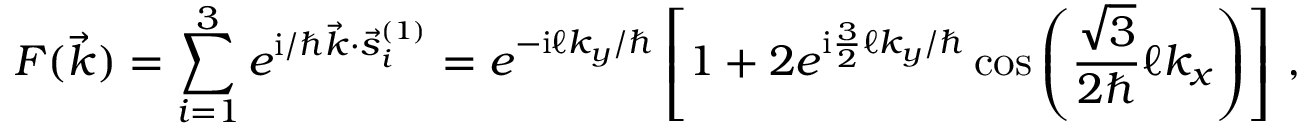
{ \cal F } ( { \vec { k } } ) = \sum _ { i = 1 } ^ { 3 } e ^ { \ensuremath { \mathrm { i } } / \hbar { \vec { k } } \cdot { \vec { s } ^ { ( 1 ) } } _ { i } } = e ^ { - \ensuremath { \mathrm { i } } \ell k _ { y } / \hbar } \left[ 1 + 2 e ^ { \ensuremath { \mathrm { i } } \frac { 3 } { 2 } \ell k _ { y } / \hbar } \cos \left( \frac { \sqrt { 3 } } { 2 \hbar } \ell k _ { x } \right) \right] \, ,